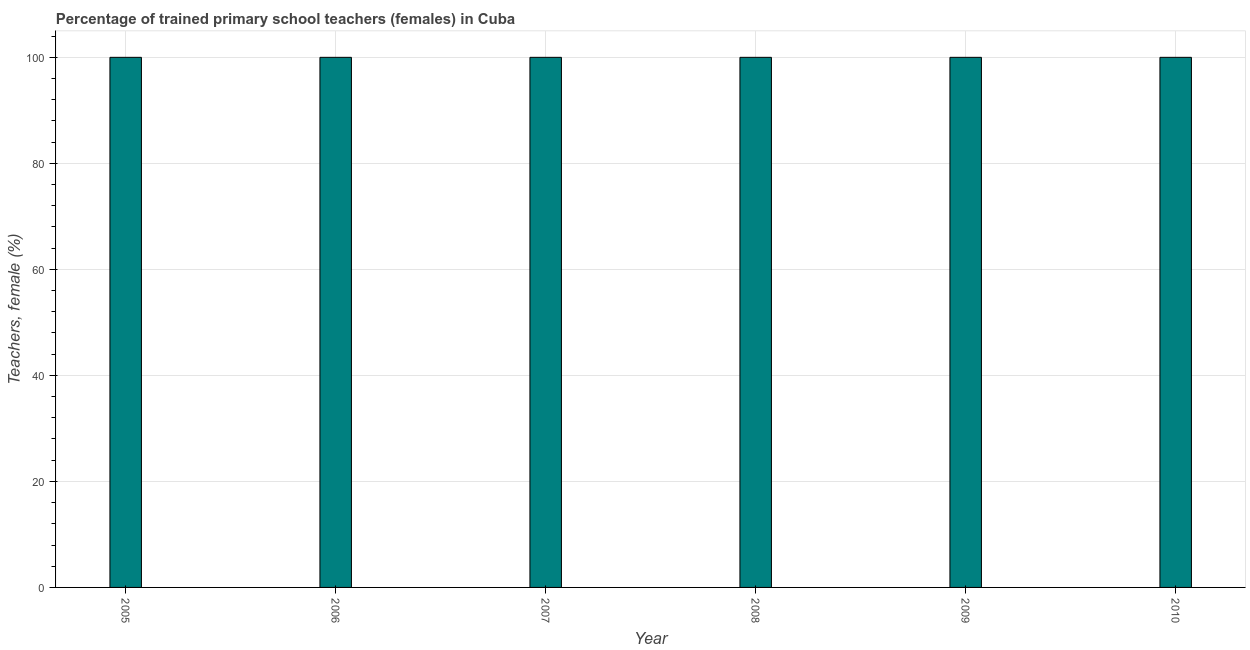
| Year | Trained teachers female |
 | --- | --- |
 | 2005 | 100 |
 | 2006 | 100 |
 | 2007 | 100 |
 | 2008 | 100 |
 | 2009 | 100 |
 | 2010 | 100 |